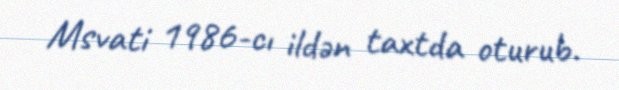
Msvati 1986-cı ildən taxtda oturub.